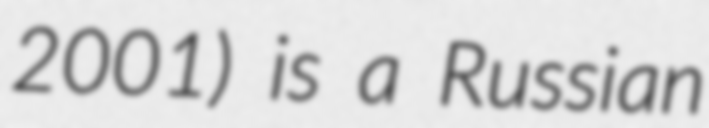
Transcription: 2001) is a Russian